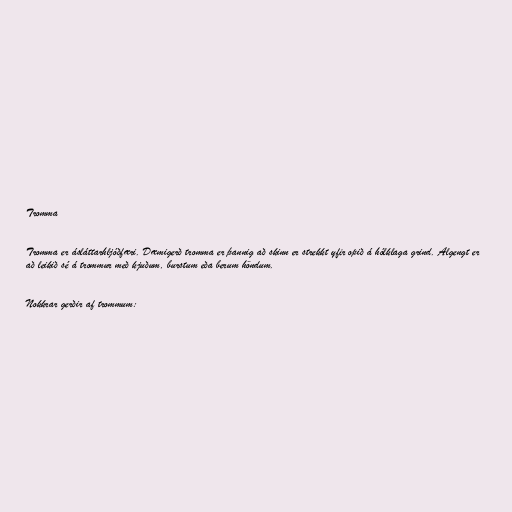
Tromma

Tromma er ásláttarhljóðfæri. Dæmigerð tromma er þannig að skinn er strekkt yfir opið á hólklaga grind. Algengt er
að leikið sé á trommur með kjuðum, burstum eða berum höndum.

Nokkrar gerðir af trommum: